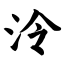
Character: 泠